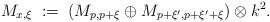
LaTeX: \begin{align*}M_{x,\xi} \; := \; (M_{p,p+\xi} \oplus M_{p+\xi',p+\xi'+\xi}) \otimes k^2.\end{align*}